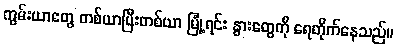
ကွမ်းယာတွေ တစ်ယာပြီးတစ်ယာ မြုံ့ရင်း နွားတွေကို ရေတိုက်နေသည်။